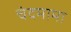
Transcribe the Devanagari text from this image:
चंदमामा